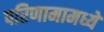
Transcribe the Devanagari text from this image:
परिणामामध्ये